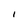
Character: I